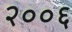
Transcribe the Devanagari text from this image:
२००६